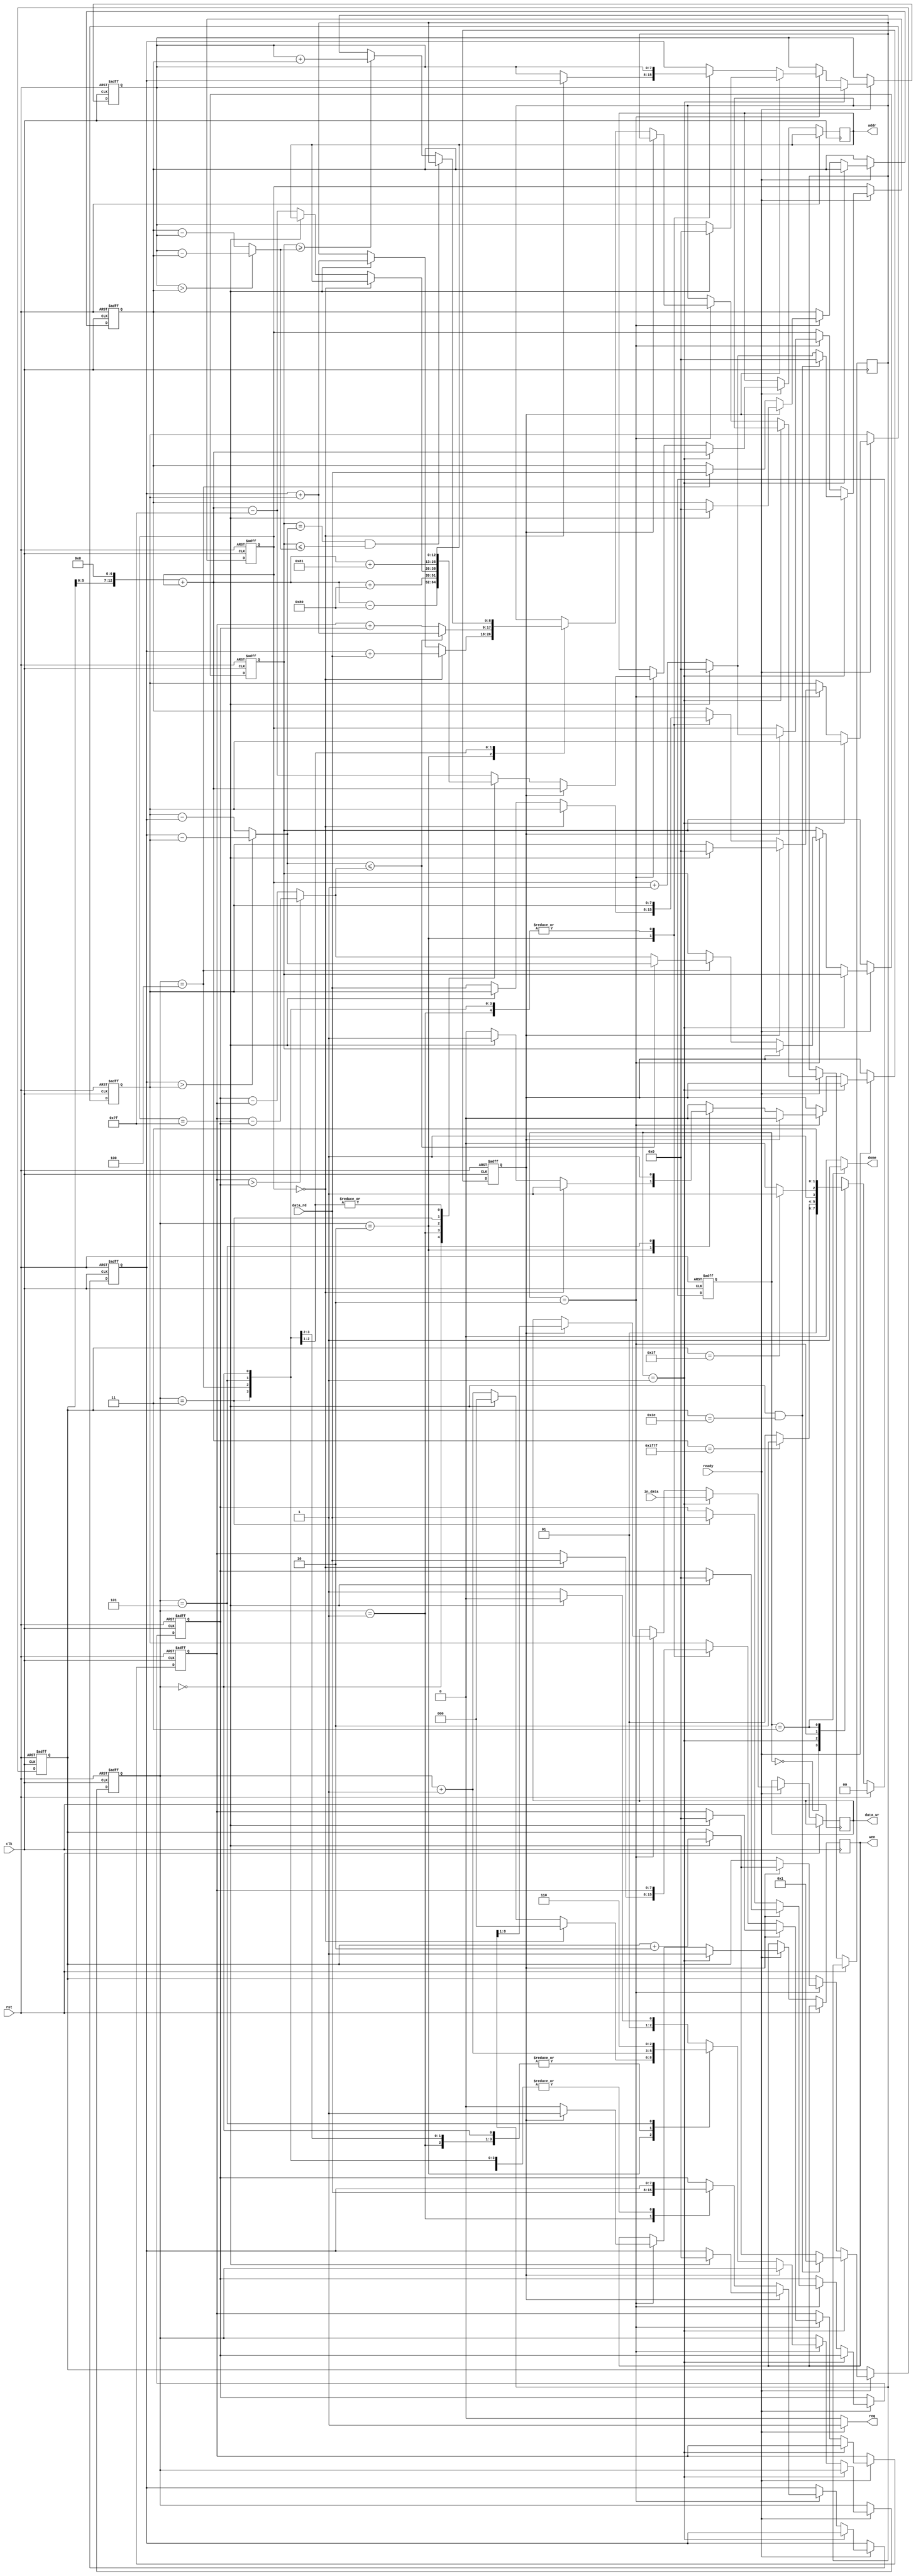
`timescale 1ns/10ps

module ELA(clk, rst, ready, in_data, data_rd, req, wen, addr, data_wr, done);

	input				clk;
	input				rst;
	input				ready;
	input		[7:0]	in_data;
	input		[7:0]	data_rd;
	output 				req;
	output 		reg		wen;
	output 		reg[12:0]	addr;
	output 		reg[7:0]	data_wr;
	output 				done;

	reg [1:0]state, next_state;
	parameter IDLE = 2'b00;
	parameter READ = 2'b01;
	parameter CAL = 2'b10;
	parameter FINISH = 2'b11;

	reg [7:0]i;
	reg [6:0]j;
	reg [2:0]process;
    reg [7:0]min;
	reg ok;
	reg [7:0]data_tmp[0:5];
    reg [8:0]ans_tmp;

	wire [12:0]pos;
    wire [7:0]min1;
    wire [7:0]min2;
    wire [7:0]min3;

    assign min1 = (data_tmp[5] > data_tmp[0]) ? (data_tmp[5] - data_tmp[0]) : (data_tmp[0] - data_tmp[5]); //D1
    assign min2 = (data_tmp[3] > data_tmp[2]) ? (data_tmp[3] - data_tmp[2]) : (data_tmp[2] - data_tmp[3]); //D2
    assign min3 = (data_tmp[4] > data_tmp[1]) ? (data_tmp[4] - data_tmp[1]) : (data_tmp[1] - data_tmp[4]); //D3 

	assign pos = (j << 7) + i;
	assign req = (ready == 1) ? 1'd1 : 1'd0;
	assign done = (state == FINISH) ? 1'd1 : 1'd0;

	always@(posedge clk or posedge rst)begin
		if(rst)
			state <= IDLE;
		else 
			state <= next_state;
	end

	always@(*)begin
		if(rst)
			next_state = IDLE;
		else begin
			case(state)
				IDLE:
					next_state = READ;
				READ:begin
					if( pos == 8063 ) next_state = CAL;
					else next_state = READ;  
				end
				CAL:begin
					if( j == 63 ) next_state = FINISH;
					else next_state = CAL;
				end 
				FINISH:
					next_state = FINISH;
				default:    next_state = IDLE;
			endcase
		end 
	end

	//DATA INPUT
	always@(posedge clk or posedge rst)begin	
		if(rst)begin
			i <= 0;
			j <= 0;
			ok <= 0;
			process <= 0;
            min <= 255;
            data_tmp[5] <= 0;
            data_tmp[4] <= 0;
            data_tmp[3] <= 0;
            data_tmp[2] <= 0;
            data_tmp[1] <= 0;
            data_tmp[0] <= 0;
		end
		else begin
			if(ready==1)begin
			if(state == READ)begin
				wen <= 1;
				addr <= pos;
				data_wr <= in_data;
				if(i == 127 && j == 62) begin
					j <= 1;
					i <= 0;
				end 
				else if(i == 127)begin
					j <= j + 2;
					i <= 0;
				end
				else
					i <= i + 1;
			end
			else if(state == CAL)begin
				if(ok == 1)begin
					wen <= 1;
					if(i == 127)begin
						j <= j + 2;
						i <= 0;
						data_tmp[5] <= 0;
						data_tmp[4] <= 0;
						data_tmp[3] <= 0;
						data_tmp[2] <= 0;
						data_tmp[1] <= 0;
						data_tmp[0] <= 0;
					end
					else 
						i <= i + 1;
					addr <= pos;
                    data_wr <= { 1'b0, ans_tmp[8:1] };
					ok <= 0;
				end
				else begin
					wen <= 0;
					case(process)
						0:begin
                            addr <= pos - 128;
                            process <= process + 3'd1;
                        end
                        1:begin
                            addr <= pos + 128;
                            data_tmp[3] <= data_rd;
                            process <= process + 3'd1;
                        end
                        2:begin
                            if(i == 0)begin
                                data_tmp[4] <= data_rd;
                                data_tmp[5] <= data_tmp[3];
                                ans_tmp <= data_tmp[3] + data_rd;
                                ok <= 1;
                                process <= 0;
                            end
                            else if (i == 127)begin
                                ans_tmp <= data_tmp[3] + data_tmp[2];
                                process <= 0;
                                ok <= 1;
                            end
                            else begin
                                addr <= pos - 127;
                                data_tmp[2] <= data_rd;
                                process <= process + 3'd1;
                            end
                        end
                        3:begin
                            addr <= pos + 129;
                            data_tmp[1] <= data_rd;
                            process <= process + 3'd1;
                        end
                        4:begin
                            data_tmp[0] <= data_rd;
                            min <= (min2 <= min3) ? min2 : min3;
                            ans_tmp <= (min2 <= min3) ? data_tmp[3] + data_tmp[2] : data_tmp[4] + data_tmp[1];
                            process <= process + 3'd1;
                        end
                        5:begin   
                            ans_tmp <= (min == min2 && min <= min1) ? ans_tmp : ((min >= min1) ? data_tmp[5] + data_tmp[0] : ans_tmp);
                            ok <= 1;
                            process <= 3'd6;
                        end
                        default:begin
                            data_tmp[5] <= data_tmp[3];
                            data_tmp[4] <= data_tmp[2];
                            data_tmp[3] <= data_tmp[1];
                            data_tmp[2] <= data_tmp[0];
                            addr <= pos - 127;
                            process <= (i == 127) ? 3'd2 : 3'd3;
                        end
					endcase
				end
			end
			end
		end
	end
	

endmodule